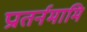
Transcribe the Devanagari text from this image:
प्रातर्नमामि